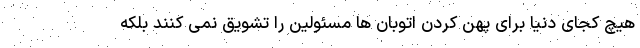
هیچ کجای دنیا برای پهن کردن اتوبان ها مسئولین را تشویق نمی کنند بلکه